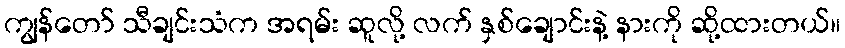
ကျွန်တော် သီချင်းသံက အရမ်း ဆူလို့ လက် နှစ်ချောင်းနဲ့ နားကို ဆို့ထားတယ်။